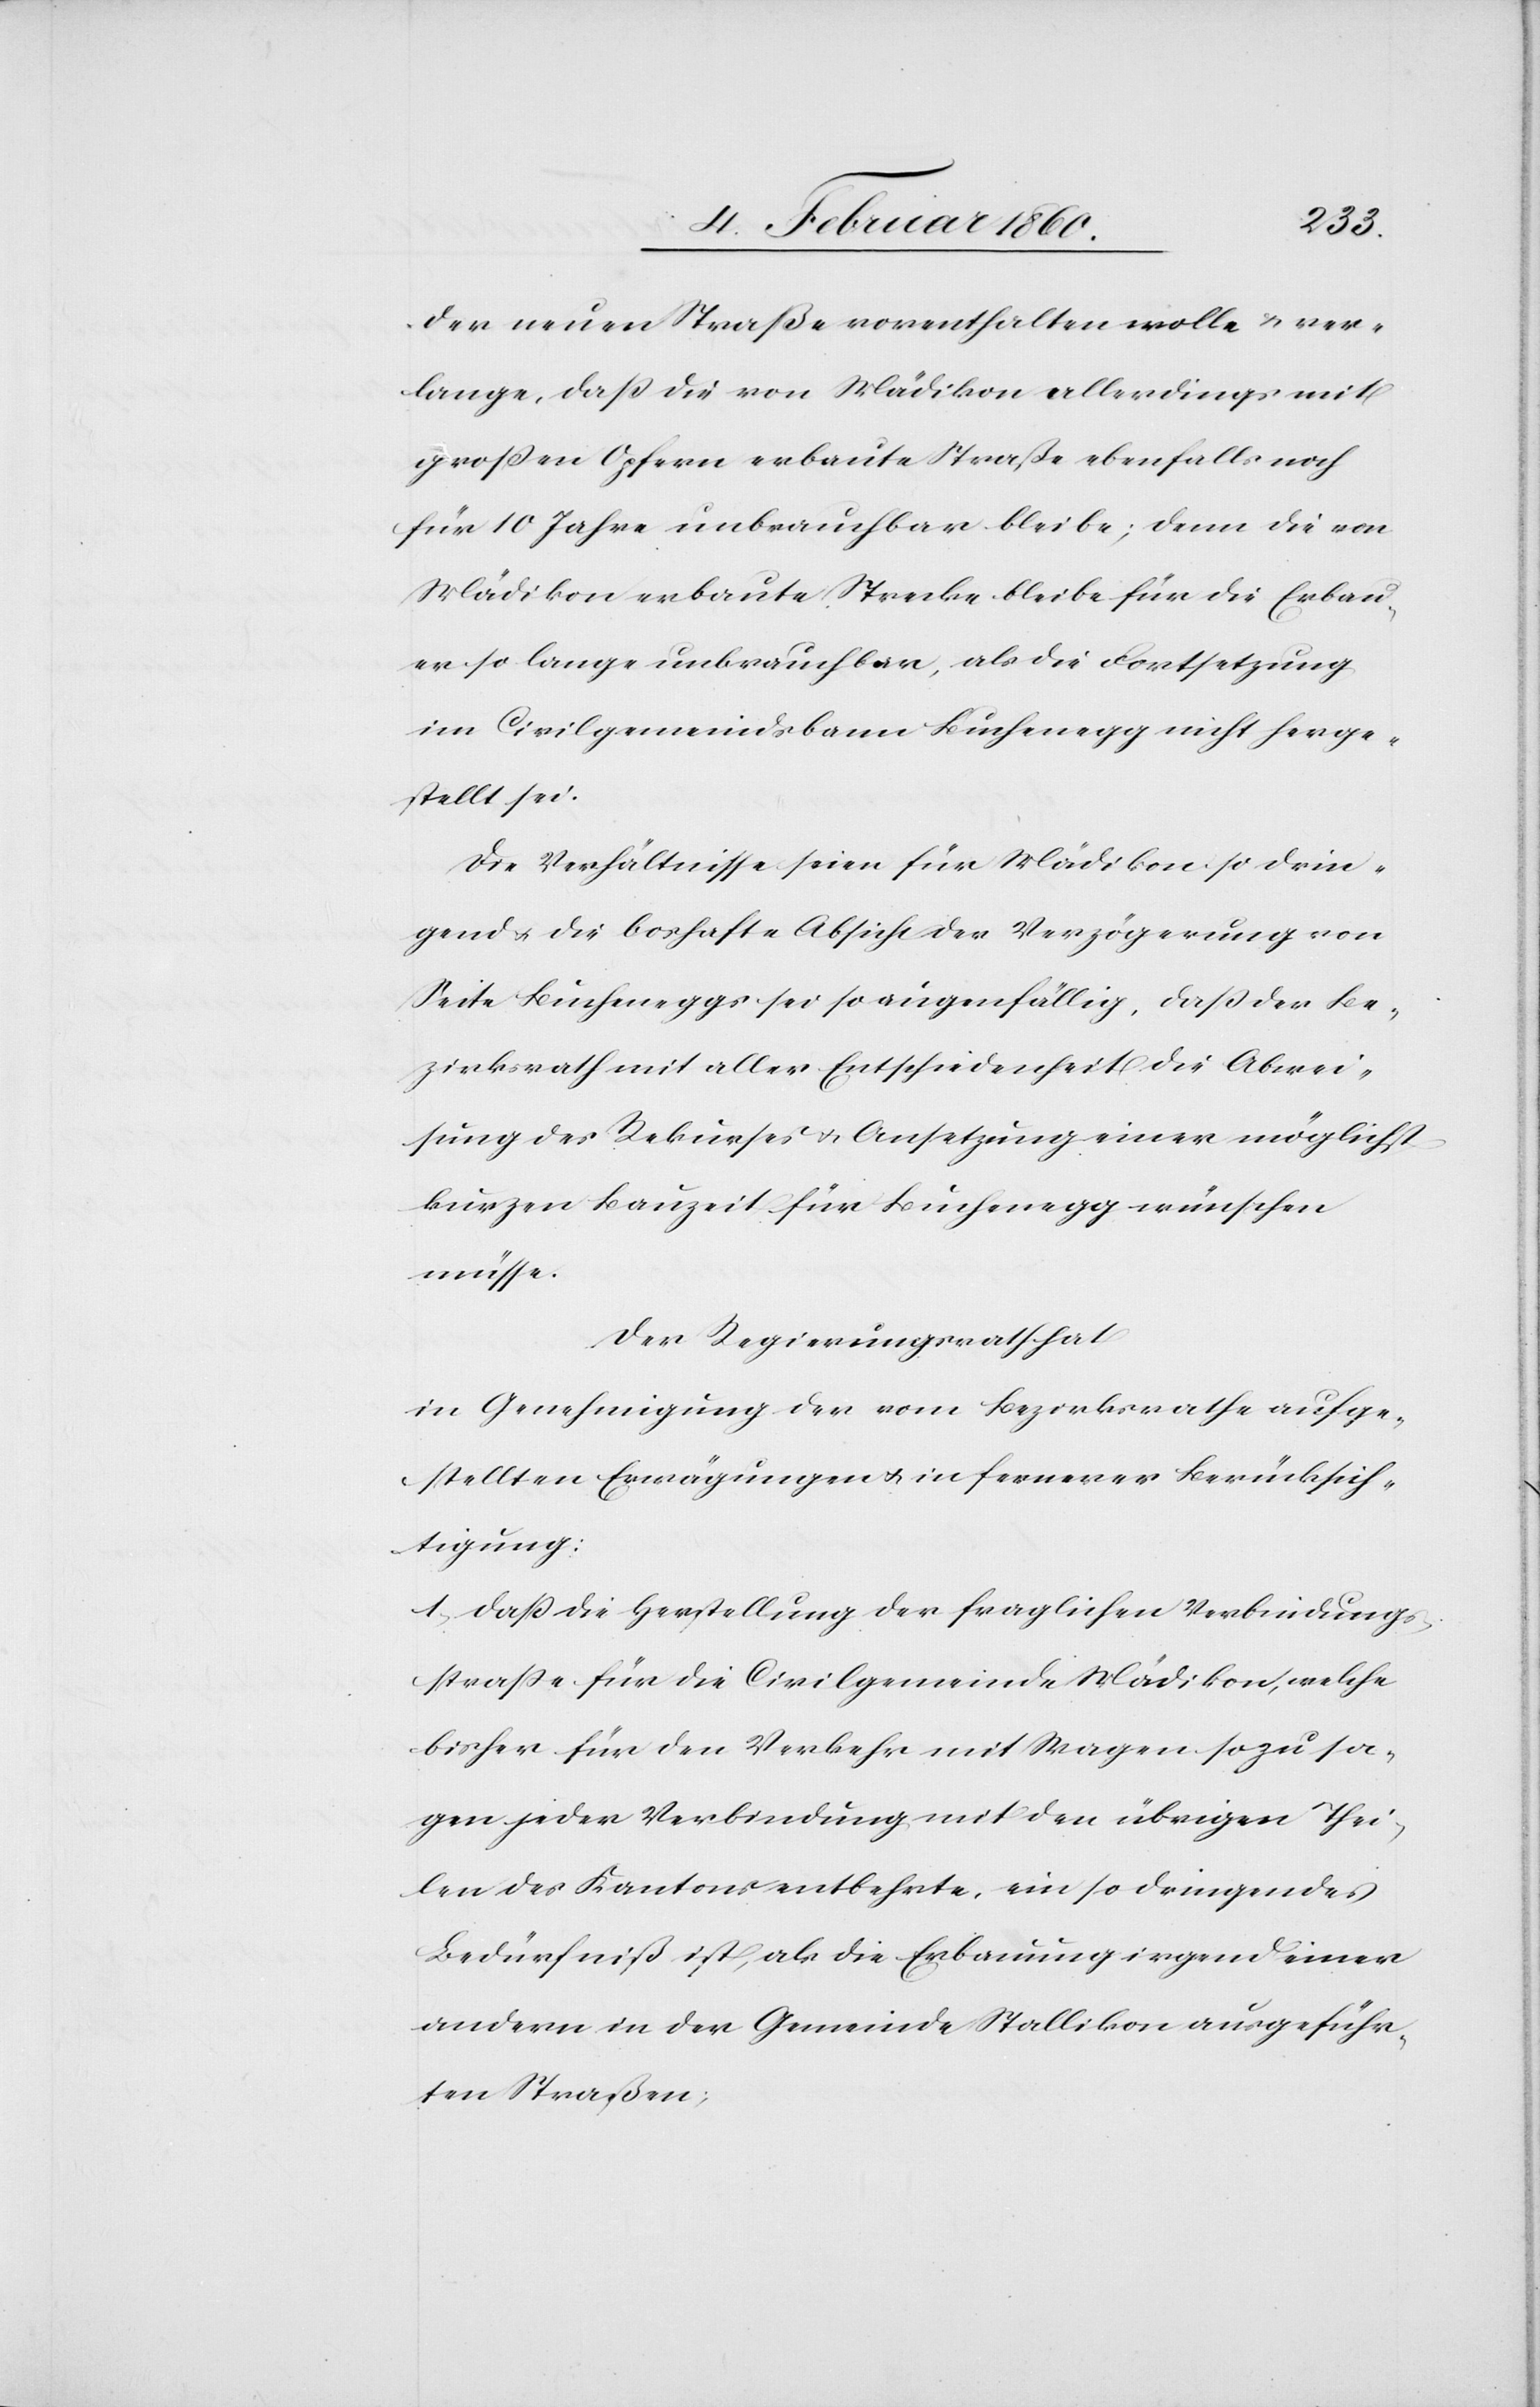
der neuen Straße vorenthalten wolle u. ver¬
lange, dass die von Mädikon allerdings mit
grossen Opfern erbaute Straße ebenfalls noch
für 10 Jahre unbrauchbar bleibe; denn die von
Mädikon erbaute Strecke bleibe für die Erbau¬
ung so lange unbrauchbar, als die Fortsetzung
im Civilgemeindsbann Buchenegg nicht herge¬
stellt sei.
Die Verhältnisse seien für Mädikon so drin¬
gend u. die boshafte Absicht der Verzögerung von
Seite Bucheneggs sei so augenfällig, dass der Be¬
zirksrath mit aller Entschiedenheit die Abwei¬
sung des Rekurses u. Ansetzung einer möglichst
kurzen Bauzeit für Buchenegg wünschen
müsse.
Der Regierungsrath hat,
in Genehmigung der vom Bezirksrathe aufge¬
stellten Erwägungen u. in fernerer Berücksich¬
tigung:
1. Dass die Herstellung der fraglichen Verbindungs¬
strasse für die Civilgemeinde Mädikon, welche
bisher für den Verkehr mit Wagen sozusa¬
gen jeder Verbindung mit den übrigen Thei¬
len des Kantons entbehrte, ein so dringendes
Bedürfniß ist, als die Erbauung irgend einer
andern in der Gemeinde Stallikon ausgeführ¬
ten Straßen;